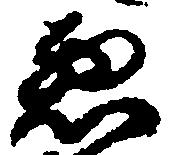
惣